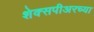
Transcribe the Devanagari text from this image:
शेक्सपीअरच्या